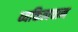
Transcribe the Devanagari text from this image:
व्यक्तित्ववान